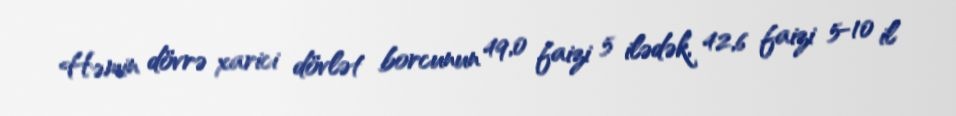
Həmin dövrə xarici dövlət borcunun 49,0 faizi 5 ilədək, 42,6 faizi 5-10 il